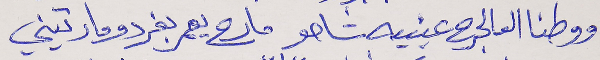
ووطنا العالجرح عينيه شاحو     مارح يعمر بفردو مارتيني